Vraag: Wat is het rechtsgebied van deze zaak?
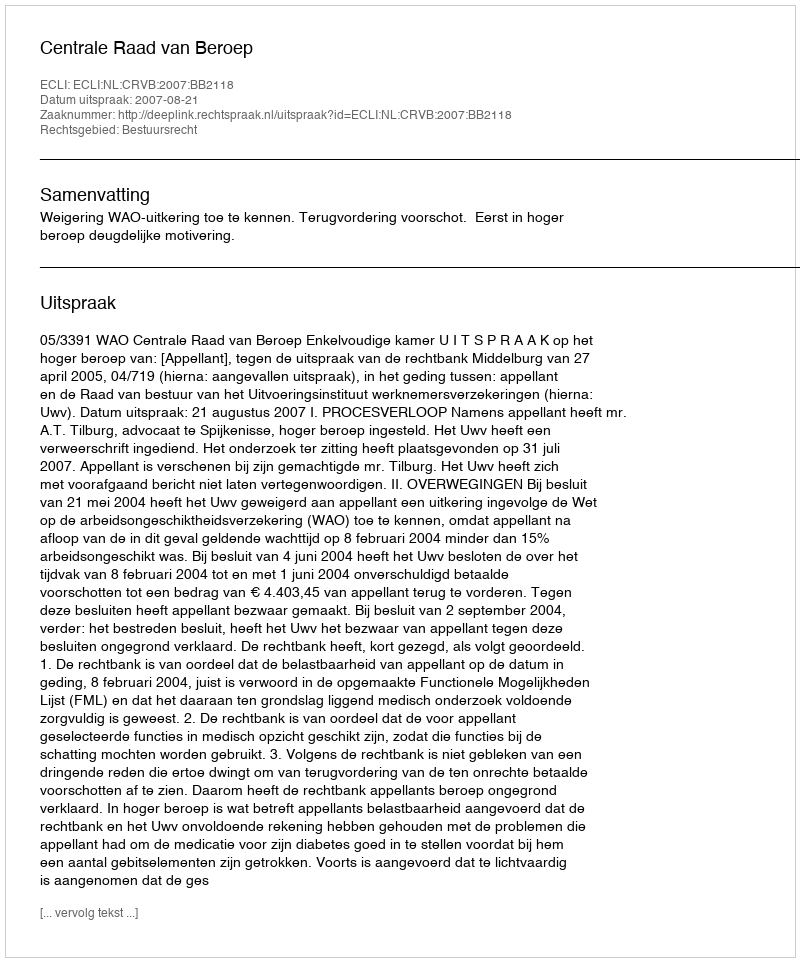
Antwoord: Bestuursrecht